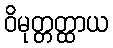
ဝိမုတ္တတ္ထာယ